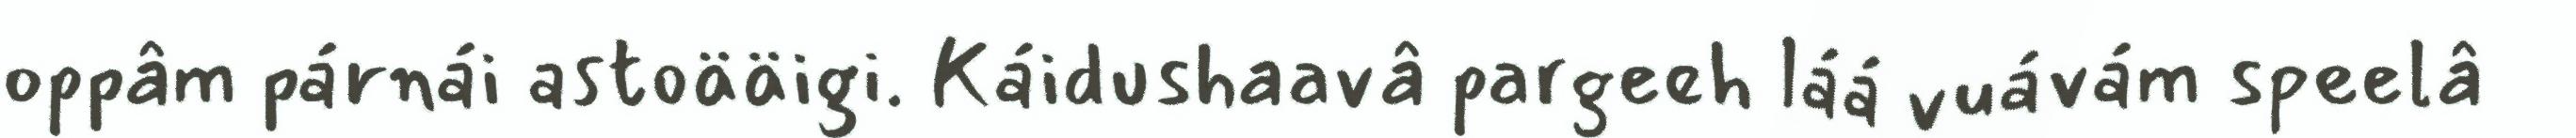
oppâm párnái astoääigi. Káidushaavâ pargeeh láá vuávám speelâ